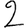
Digit: 2